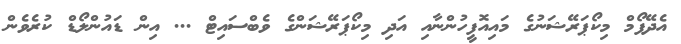
އެދޭފޯމް މިކޯޕަރޭޝަނުގެ މައިއޮފީހުންނާއި އަދި މިކޯޕަރޭޝަންގެ ވެބްސައިޓް ... އިން ޑައުންލޯޑް ކުރެވެން